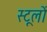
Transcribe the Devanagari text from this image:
स्टूलों